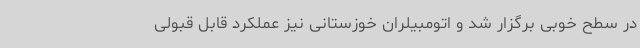
در سطح خوبی برگزار شد و اتومبیلران خوزستانی نیز عملکرد قابل قبولی